Leprosy in India: report of the Leprosy Commission in India, 1890-91
Year: 1890
Disease focus: Leprosy
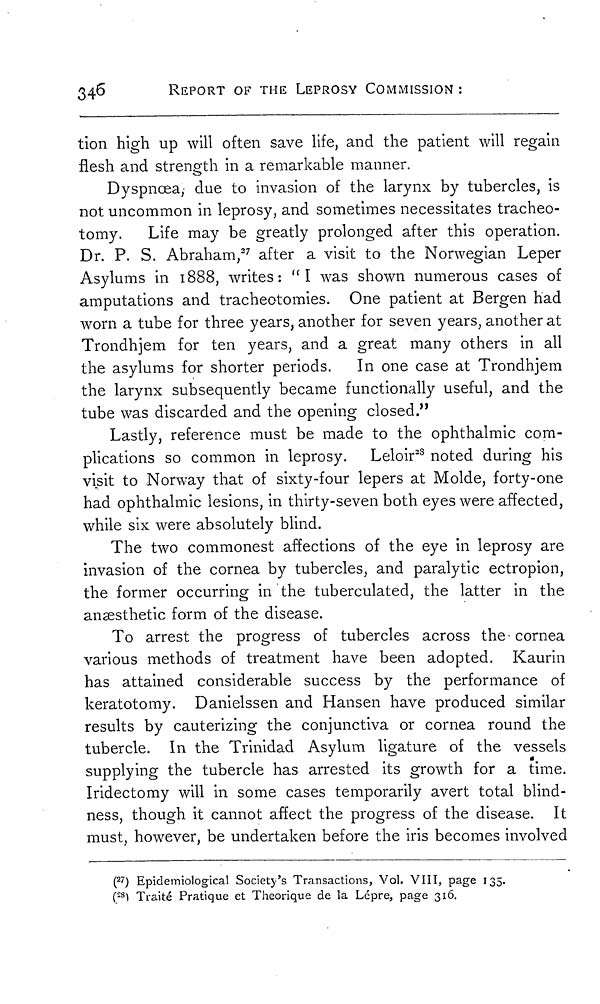
346
REPORT OF THE LEPROSY COMMISSION :
tion high up will often save life, and the patient will regain
flesh and strength in a remarkable manner.
Dyspnoea, due to invasion of the larynx by tubercles, is
not uncommon in leprosy, and sometimes necessitates tracheo-
tomy. Life may be greatly prolonged after this operation.
Dr. P. S. Abraham, 27 after a visit to the Norwegian Leper
Asylums in 1888, writes: "I was shown numerous cases of
amputations and tracheotomies. One patient at Bergen had
worn a tube for three years, another for seven years, another at
Trondhjem for ten years, and a great many others in all
the asylums for shorter periods. In one case at Trondhjem
the larynx subsequently became functionally useful, and the
tube was discarded and the opening closed."
Lastly, reference must be made to the ophthalmic com-
plications so common in leprosy. Leloir 28 noted during his
visit to Norway that of sixty-four lepers at Molde, forty-one
had ophthalmic lesions, in thirty-seven both eyes were affected,
while six were absolutely blind.
The two commonest affections of the eye in leprosy are
invasion of the cornea by tubercles, and paralytic ectropion,
the former occurring in the tuberculated, the latter in the
anæsthetic form of the disease.
To arrest the progress of tubercles across the cornea
various methods of treatment have been adopted. Kaurin
has attained considerable success by the performance of
keratotomy. Danielssen and Hansen have produced similar
results by cauterizing the conjunctiva or cornea round the
tubercle. In the Trinidad Asylum ligature of the vessels
supplying the tubercle has arrested its growth for a time.
Iridectomy will in some cases temporarily avert total blind-
ness, though it cannot affect the progress of the disease. It
must, however, be undertaken before the iris becomes involved
( 27 ) Epidemiological Society's Transactions, Vol. VIII, page 135.
( 28 ) Traité Pratique et Theorique de la Lépre, page 316.